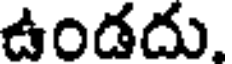
ఉండదు.